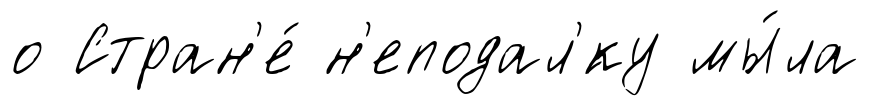
о Стран'е́ н'еподал'́ку мы́ла